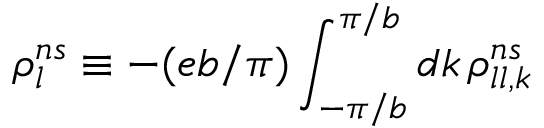
\rho _ { l } ^ { n s } \equiv - ( e b / \pi ) \int _ { - \pi / b } ^ { \pi / b } d k \, \rho _ { l l , k } ^ { n s }